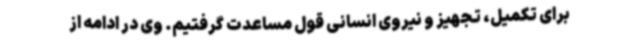
برای تکمیل، تجهیز و نیروی انسانی قول مساعدت گرفتیم. وی در ادامه از